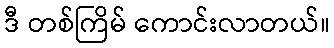
ဒီ တစ်ကြိမ် ကောင်းလာတယ်။